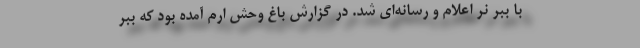
با ببر نر اعلام و رسانه‌ای شد. در گزارش باغ وحش ارم آمده بود که ببر